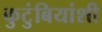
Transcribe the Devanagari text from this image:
कुटुंबियांशी